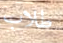
طلاب